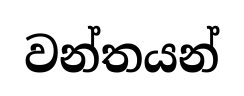
වන්තයන්